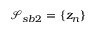
\mathcal { S } _ { s b 2 } = \{ { z } _ { n } \}